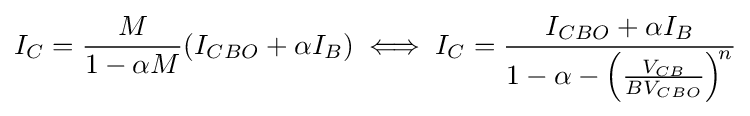
I_{C}={\frac {M}{1-\alpha M}}(I_{CBO}+\alpha I_{B})\iff I_{C}={\frac {I_{CBO}+\alpha I_{B}}{1-\alpha -\left({\frac {V_{CB}}{BV_{CBO}}}\right)^{\!n}}}